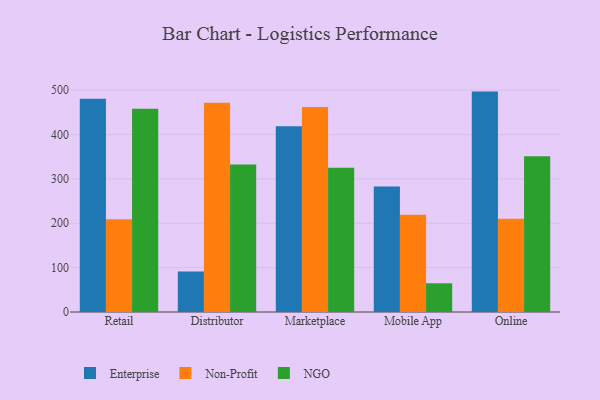
{"axis": {"x": "Channel", "y": "Active Users"}, "legend": ["Enterprise", "NGO", "Non-Profit"], "data": [{"x": "Retail", "y": 480.4, "type": "Enterprise"}, {"x": "Retail", "y": 209.1, "type": "Non-Profit"}, {"x": "Retail", "y": 458.1, "type": "NGO"}, {"x": "Distributor", "y": 91.4, "type": "Enterprise"}, {"x": "Distributor", "y": 471.4, "type": "Non-Profit"}, {"x": "Distributor", "y": 332.1, "type": "NGO"}, {"x": "Marketplace", "y": 418.2, "type": "Enterprise"}, {"x": "Marketplace", "y": 462.0, "type": "Non-Profit"}, {"x": "Marketplace", "y": 325.0, "type": "NGO"}, {"x": "Mobile App", "y": 282.8, "type": "Enterprise"}, {"x": "Mobile App", "y": 219.3, "type": "Non-Profit"}, {"x": "Mobile App", "y": 64.7, "type": "NGO"}, {"x": "Online", "y": 496.5, "type": "Enterprise"}, {"x": "Online", "y": 209.8, "type": "Non-Profit"}, {"x": "Online", "y": 351.0, "type": "NGO"}]}